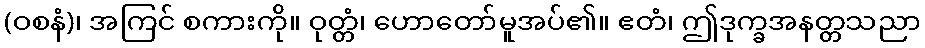
(ဝစနံ)၊ အကြင် စကားကို။ ဝုတ္တံ၊ ဟောတော်မူအပ်၏။ ဧတံ၊ ဤဒုက္ခအနတ္တသညာ